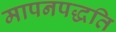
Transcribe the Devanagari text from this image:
मापनपद्धति